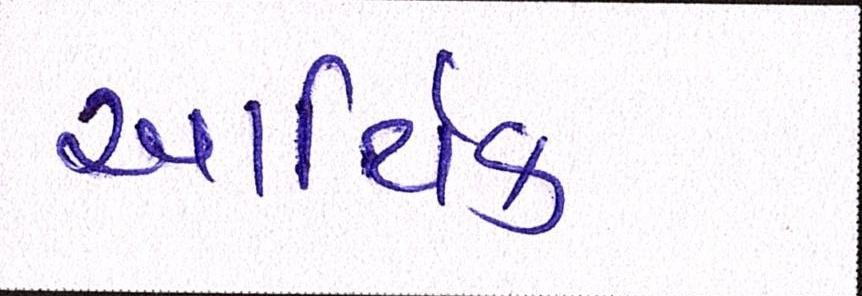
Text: આર્થિક